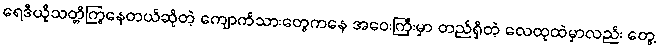
ရေဒီယိုသတ္တိကြွနေတယ်ဆိုတဲ့ ကျောက်သားတွေကနေ အဝေးကြီးမှာ တည်ရှိတဲ့ လေထုထဲမှာလည်း တွေ့